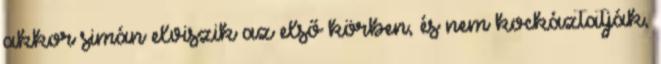
akkor simán elviszik az első körben, és nem kockáztatják,